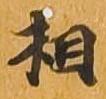
相